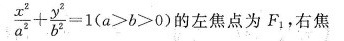
$$\frac{x^{2}}{a^{2}}+ \frac{y^{2}}{b^{2}}=1(a>b>0)$$的左焦点为F_{1}，右焦